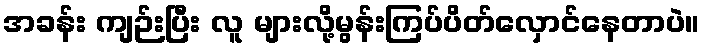
အခန်း ကျဉ်းပြီး လူ များလို့မွန်းကြပ်ပိတ်လှောင်နေတာပဲ။